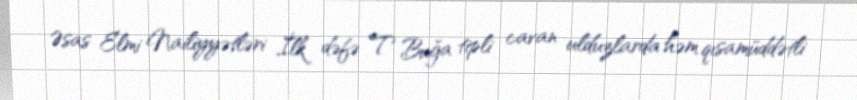
Əsas Elmi Nailiyyətləri İlk dəfə T Buğa tipli cavan ulduzlarda həm qısamüddətli